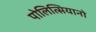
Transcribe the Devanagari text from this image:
पोलित्सियानो